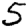
Digit: 5